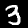
Label: 3